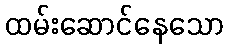
ထမ်းဆောင်နေသော